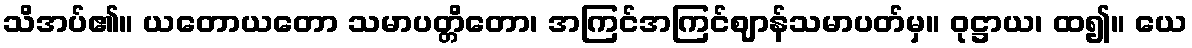
သိအပ်၏။ ယတောယတော သမာပတ္တိတော၊ အကြင်အကြင်ဈာန်သမာပတ်မှ။ ဝုဋ္ဌာယ၊ ထ၍။ ယေ